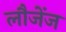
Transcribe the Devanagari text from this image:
लौजेंज